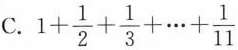
C. $$1+ \frac { 1 } { 2 } + \frac { 1 } { 3 } + ... + \frac { 1 } { 1 1 }$$